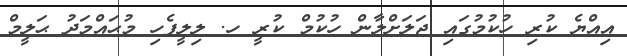
އިއްޔެ ކުރި ހުކުމުގައި ޖަލަށްލާން ހުކުމް ކުރީ ހ. ލިލީފެހި މުޙައްމަދު ޙަލީމް